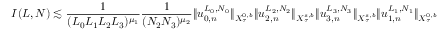
I ( L , N ) \lesssim { \frac { 1 } { ( L _ { 0 } L _ { 1 } L _ { 2 } L _ { 3 } ) ^ { \mu _ { 1 } } } } { \frac { 1 } { ( N _ { 2 } N _ { 3 } ) ^ { \mu _ { 2 } } } } \| u _ { 0 , n } ^ { L _ { 0 } , N _ { 0 } } \| _ { X _ { \tau } ^ { 0 , b } } \| u _ { 2 , n } ^ { L _ { 2 } , N _ { 2 } } \| _ { X _ { \tau } ^ { s , b } } \| u _ { 3 , n } ^ { L _ { 3 } , N _ { 3 } } \| _ { X _ { \tau } ^ { s , b } } \| u _ { 1 , n } ^ { L _ { 1 } , N _ { 1 } } \| _ { X _ { \tau } ^ { 0 , b } }